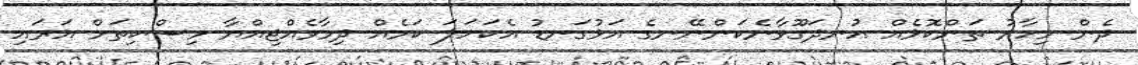
ދެން މިހާރު ތަންކޮޅެއް އުނދަގޫވާނެކަންނޭނގެ އަޅުގަނޑު އެކަހަލަ ކަމެއް ދިމާވެއްޖިއްޔާ މިސްކިތަށް އަރައި